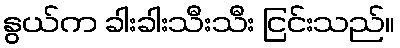
နွယ်က ခါးခါးသီးသီး ငြင်းသည်။